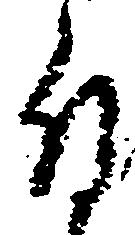
付